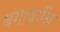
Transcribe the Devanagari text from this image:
बगावाथि